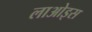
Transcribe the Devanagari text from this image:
लाओइस